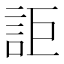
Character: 詎